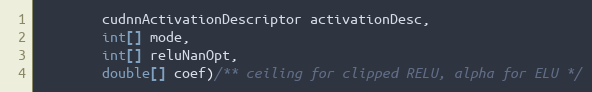
Language: Java
        cudnnActivationDescriptor activationDesc,
        int[] mode,
        int[] reluNanOpt,
        double[] coef)/** ceiling for clipped RELU, alpha for ELU */